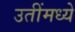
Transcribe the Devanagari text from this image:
उतींमध्ये